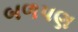
બળપણ